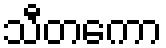
သီတကော